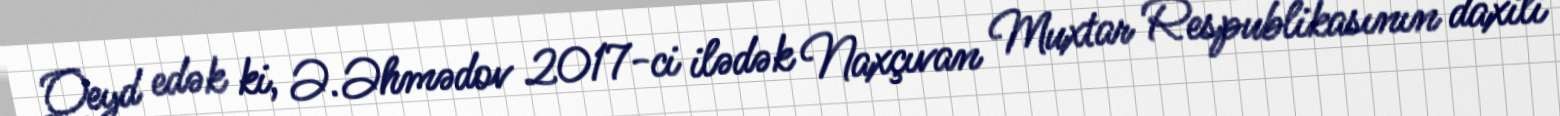
Qeyd edək ki, Ə.Əhmədov 2017-ci ilədək Naxçıvan Muxtar Respublikasının daxili